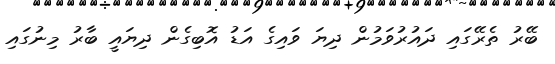
ބޭރު ތެރޭގައި ދައުރުވަމުން ދިޔަ ވައިގެ އަޑު އޮބިގެން ދިޔައީ ބާރު މިނުގައި